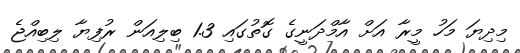
މިދިޔަ މަހު މީރާ އަށް އާމްދަނީގެ ގޮތުގައި 1.3 ބިލިއަން ރުފިޔާ ލިބިއްޖެ